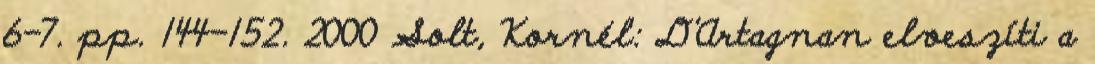
6-7. pp. 144-152. 2000 Solt, Kornél: D'Artagnan elveszíti a